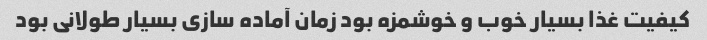
کیفیت غذا بسیار خوب و خوشمزه بود زمان آماده سازی بسیار طولانی بود